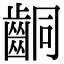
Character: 𪘍